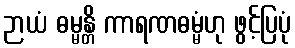
ဉာယံ ဓမ္မန္တိ ကာရဏဓမ္မံဟု ဖွင့်ပြပုံ